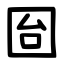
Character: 囼